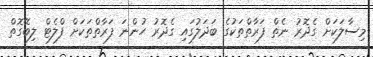
މިސާލަކަށް ގެދޮރު ނެތް ފަރާތްތަކުގެ ބަދަލުގައި ގެދޮރު ހުންނަ ފަރާތްތަކަށް ފްލެޓް ލިބޭގޮތް